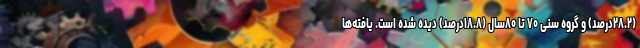
(۲۸.۲درصد) و گروه سنی ۷۰ تا ۸۰سال (۱۸.۸درصد) دیده شده است. یافته‌ها